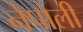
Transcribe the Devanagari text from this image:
नेपोली